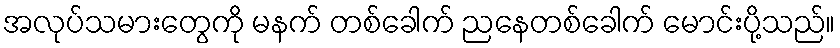
အလုပ်သမားတွေကို မနက် တစ်ခေါက် ညနေတစ်ခေါက် မောင်းပို့သည်။